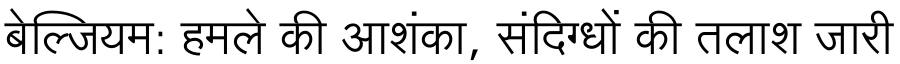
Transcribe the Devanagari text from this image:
बेल्जियम: हमले की आशंका, संदिग्धों की तलाश जारी